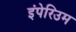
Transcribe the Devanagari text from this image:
इंपेरिउम